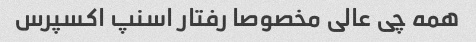
همه چی عالی مخصوصا رفتار اسنپ اکسپرس